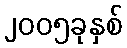
၂၀၀၅ခုနှစ်